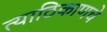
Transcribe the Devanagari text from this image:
त्याठिकाणचे